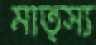
মাত্স্য